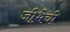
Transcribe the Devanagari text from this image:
जीभेची